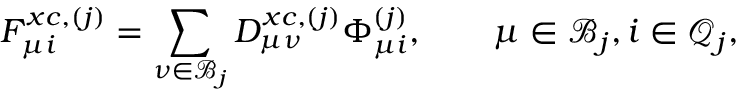
F _ { \mu i } ^ { x c , ( j ) } = \sum _ { \nu \in \mathcal { B } _ { j } } D _ { \mu \nu } ^ { x c , ( j ) } \Phi _ { \mu i } ^ { ( j ) } , \qquad \mu \in \mathcal { B } _ { j } , i \in \mathcal { Q } _ { j } ,